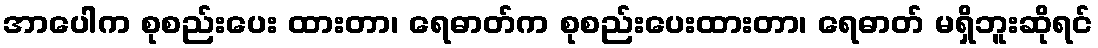
အာပေါက စုစည်းပေး ထားတာ၊ ရေဓာတ်က စုစည်းပေးထားတာ၊ ရေဓာတ် မရှိဘူးဆိုရင်